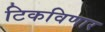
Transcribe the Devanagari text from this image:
टिकविणार